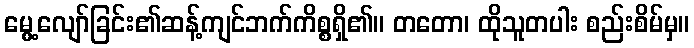
မွေ့လျော်ခြင်း၏ဆန့်ကျင်ဘက်ကိစ္စရှိ၏။ တတော၊ ထိုသူတပါး စည်းစိမ်မှ။